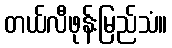
တယ်လီဖုန်းမြည်သံ။